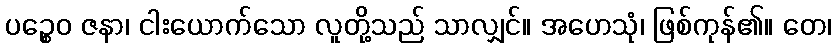
ပဉ္စေဝ ဇနာ၊ ငါးယောက်သော လူတို့သည် သာလျှင်။ အဟေသုံ၊ ဖြစ်ကုန်၏။ တေ၊